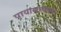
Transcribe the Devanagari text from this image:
पायासारख्या